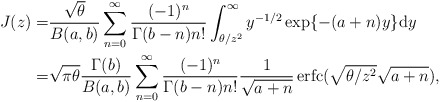
\begin{align*}J(z)=&\frac{\sqrt\theta}{B(a,b)}\sum_{n=0}^\infty\frac{(-1)^n}{\Gamma(b-n)n!}\int_{\theta/z^2}^{\infty}y^{-1/2}\exp\{-(a+n)y \}\mathrm{d}y\\=&\sqrt{\pi\theta}\frac{\Gamma(b)}{B(a,b)}\sum_{n=0}^{\infty}\frac{ (-1)^n}{\Gamma(b-n)n!}\frac{1}{\sqrt{a+n}}\operatorname{erfc}(\sqrt{\theta/z^2}\sqrt{a+n}),\end{align*}